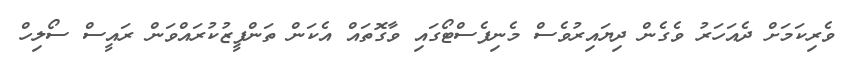
ވެރިކަމަށް ދެއަހަރު ވެގެން ދިޔައިރުވެސް މެނިފެސްޓޯގައި ވާގޮތައް އެކަން ތަންފީޒުކުރައްވަން ރައީސް ސޯލިހް